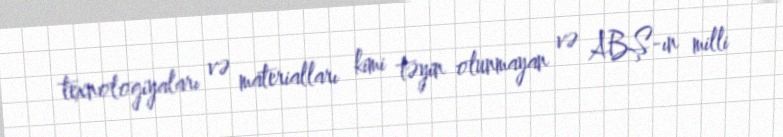
texnologiyaları və materialları kimi təyin olunmayan və ABŞ-ın milli